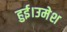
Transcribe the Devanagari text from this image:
हुई।उमेश